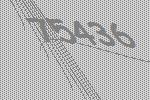
75436